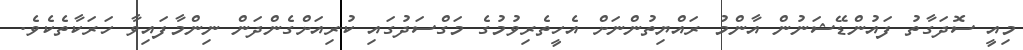
މިއީ ސޮދަގާތު ފައުންޑޭޝަނުން އާންމު ރައްޔިތުންނަށް އެހީތެރިވުމުގެ މަގްސަދުގައި ކުރިއަށްގެންދަން ނިންމާފައިވާ ހަރަކާތެކެވެ.